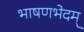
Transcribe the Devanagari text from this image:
भाषणभेदम्